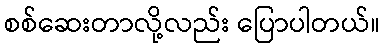
စစ်ဆေးတာလို့လည်း ပြောပါတယ်။